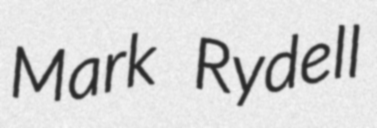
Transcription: Mark Rydell